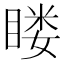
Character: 䁖